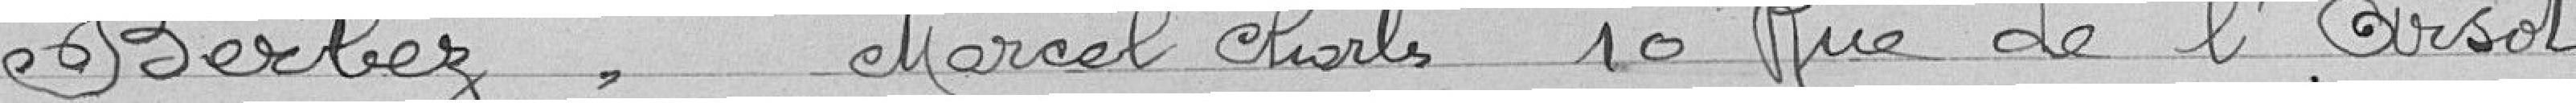
BERBEZ, Marcel Charles, 10 rue de l'Arsot